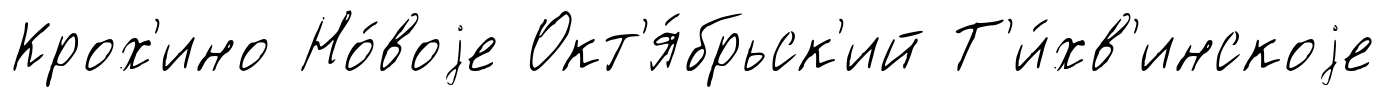
Крох'ино Но́воjе Окт'я́брьск'ий Т'и́хв'инскоjе